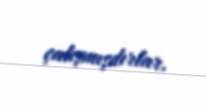
çalışmışdırlar.